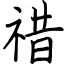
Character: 䄍